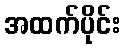
အထက်ပိုင်း